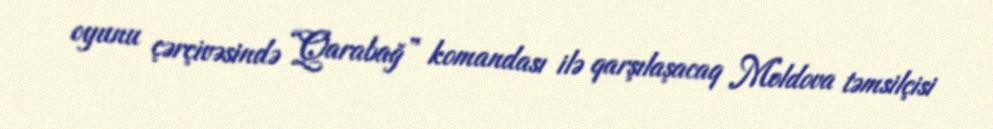
oyunu çərçivəsində “Qarabağ” komandası ilə qarşılaşacaq Moldova təmsilçisi